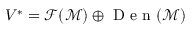
V ^ { * } = \mathcal { F } ( \mathcal { M } ) \oplus \mathrm { ~ D ~ e ~ n ~ } ( \mathcal { M } )